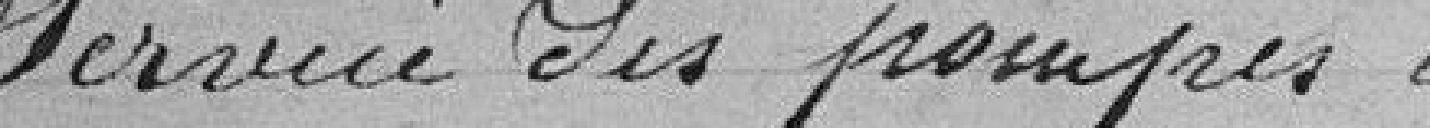
service des pompes à